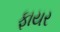
ફાયર